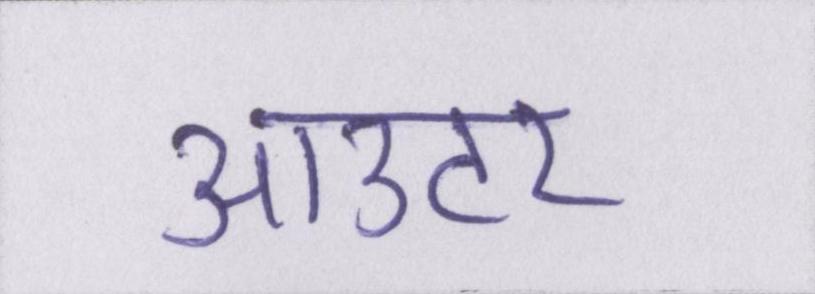
आउटर